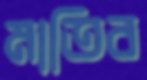
মাতিব